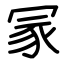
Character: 冡